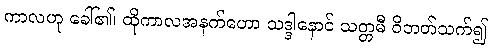
ကာလဟု ခေါ်၏၊ ထိုကာလအနက်ဟော သဒ္ဒါနောင် သတ္တမီ ဝိဘတ်သက်၍